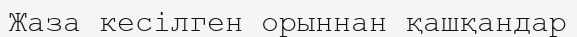
Жаза кесілген орыннан қашқандар